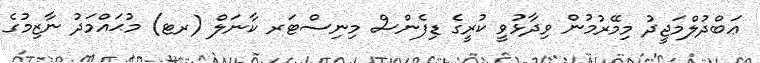
ޢަބްދުލްމަޖީދު މިމޭރުމުން ވިދާޅުވީ ކުރީގެ ޑިފެންސް މިނިސްޓަރ ކާނަލް (ރޓ) މުޙައްމަދު ނާޒިމުގެ